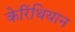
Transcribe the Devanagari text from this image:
केरिंथियान